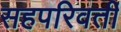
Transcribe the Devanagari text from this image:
सहपरिवर्ती